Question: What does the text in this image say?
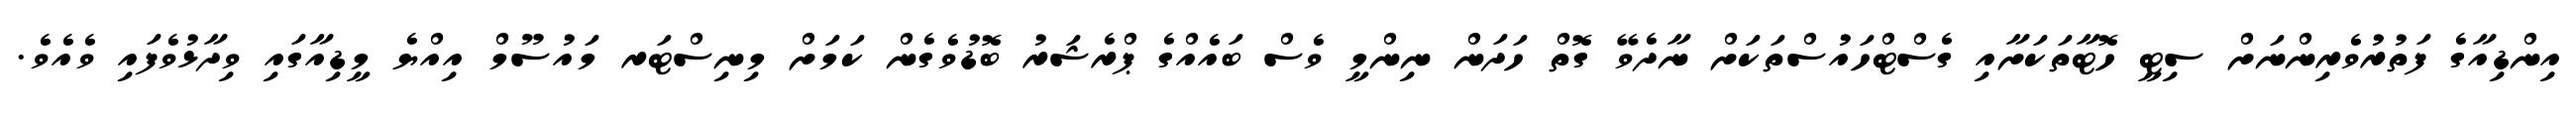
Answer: އިންޑިއާގެ ފަތުރުވެރިންނަށް ސިޓީ ހޮޓާތަކަށާއި ގެސްޓްހައުސްތަކަށް ނާދެވޭ ގޮތް ހަދަން ނިންމީ ވެސް ބައެއްގެ ޕްރެޝަރު ބޮޑުވެގެން ކަމަށް މިނިސްޓަރ މައުސޫމް އިއްޔެ މީޑިއާގައި ވިދާޅުވެފައި ވެއެވެ.